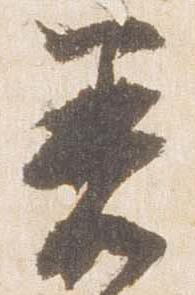
着